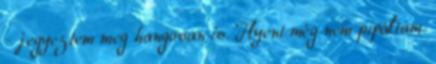
- jegyeztem meg hangosan is. Ilyent még nem pipáltam.